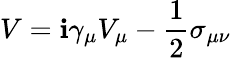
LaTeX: V=\mathbf{i}\gamma_{\mu}V_{\mu}-\frac{{1}}{{2}}\sigma_{\mu\nu}